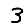
Digit: 3